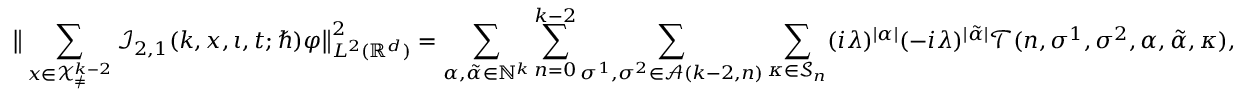
\big \lVert \sum _ { \boldsymbol { x } \in \mathcal { X } _ { \neq } ^ { k - 2 } } \mathcal { I } _ { 2 , 1 } ( k , \boldsymbol { x } , \iota , t ; \hbar ) \varphi \big \rVert _ { L ^ { 2 } ( \mathbb { R } ^ { d } ) } ^ { 2 } = \sum _ { \alpha , \tilde { \alpha } \in \mathbb { N } ^ { k } } \sum _ { n = 0 } ^ { k - 2 } \sum _ { \sigma ^ { 1 } , \sigma ^ { 2 } \in \mathcal { A } ( k - 2 , n ) } \sum _ { \kappa \in \mathcal { S } _ { n } } ( i \lambda ) ^ { | \alpha | } ( - i \lambda ) ^ { | \tilde { \alpha } | } \mathcal { T } ( n , \sigma ^ { 1 } , \sigma ^ { 2 } , \alpha , \tilde { \alpha } , \kappa ) ,